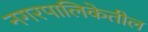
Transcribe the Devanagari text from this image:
नगरपालिकेतील